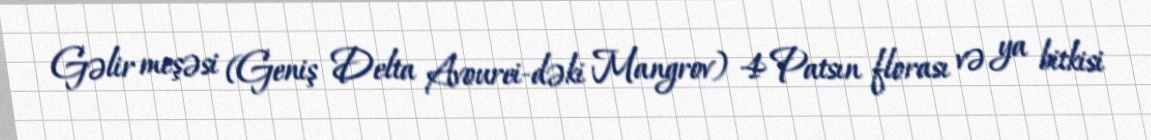
Gəlir meşəsi (Geniş Delta Avourei-dəki Mangrov) 4 Patsın florası və ya bitkisi